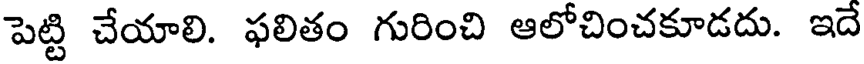
పెట్టి చేయాలి. ఫలితం గురించి ఆలోచించకూడదు. ఇదే